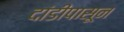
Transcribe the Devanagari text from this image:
दांडीपासून